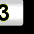
Digit: 3